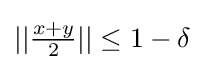
{\textstyle ||{\frac {x+y}{2}}||\leq 1-\delta }